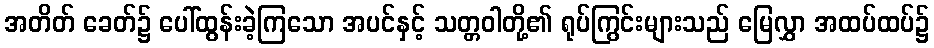
အတိတ် ခေတ်၌ ပေါ်ထွန်းခဲ့ကြသော အပင်နှင့် သတ္တဝါတို့၏ ရုပ်ကြွင်းများသည် မြေလွှာ အထပ်ထပ်၌